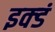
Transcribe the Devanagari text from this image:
इक्डं